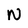
Character: N